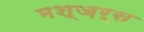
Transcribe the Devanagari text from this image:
मश्ज़र्स